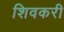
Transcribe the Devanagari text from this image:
शिवकरी